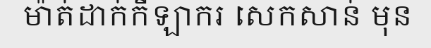
ម៉ាត់ដាក់កីឡាករ សេកសាន់ មុន